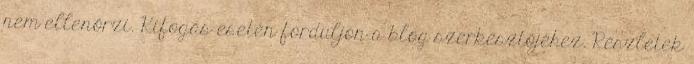
nem ellenőrzi. Kifogás esetén forduljon a blog szerkesztőjéhez. Részletek